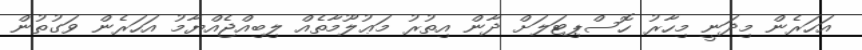
އަހަރެން މިދަނީ މިހާރު ހޮސްޕިޓަލަށް ދާން އިތުރު މަޢުލޫމާތެއް ލިބިއްޖެއްޔާމު އަހަރެން ވަގުތުން